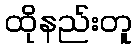
ထိုနည်းတူ